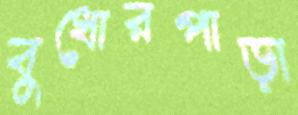
বুধোরপাড়া